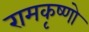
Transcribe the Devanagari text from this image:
रामकृष्णो